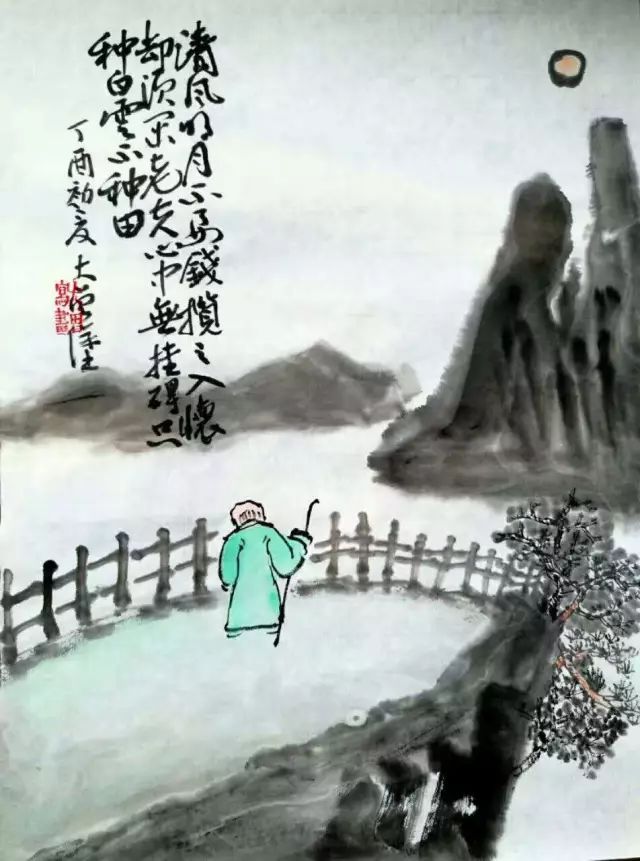
贤能不待次而举，罢不能不待须而废。